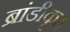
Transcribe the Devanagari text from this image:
ब्रांडीकृत